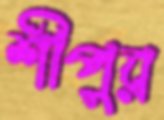
শীপুর